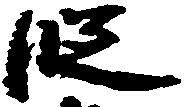
段